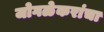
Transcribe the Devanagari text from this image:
जोगळेकरांचा